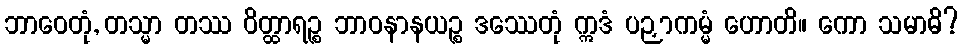
ဘာဝေတုံ, တသ္မာ တဿ ဝိတ္ထာရဉ္စ ဘာဝနာနယဉ္စ ဒဿေတုံ ဣဒံ ပဉှာကမ္မံ ဟောတိ။ ကော သမာဓိ?